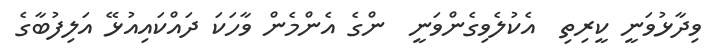
ވިދާޅުވަނީ ކީރިތި  އެކުލެވިގެންވަނީ  ންގެ އެންމެން ވާހަކަ ދައްކައިއުޅޭ އަލިފުބާގެ